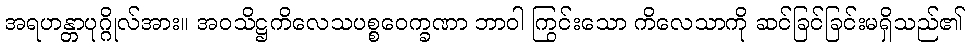
အရဟန္တာပုဂ္ဂိုလ်အား။ အဝသိဋ္ဌကိလေသပစ္စဝေက္ခဏာ ဘာဝါ ကြွင်းသော ကိလေသာကို ဆင်ခြင်ခြင်းမရှိသည်၏